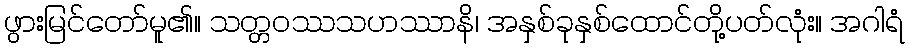
ဖွားမြင်တော်မူ၏။ သတ္တဝဿသဟဿာနိ၊ အနှစ်ခုနှစ်ထောင်တို့ပတ်လုံး။ အဂါရံ